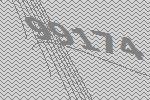
99174